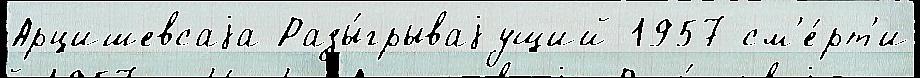
Арцишевсаjа Разы́грываjущий 1957 см'е́рт'и